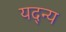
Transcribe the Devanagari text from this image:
यद्न्य